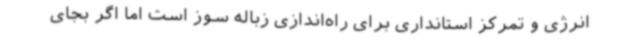
انرژی و تمرکز استانداری برای راه‌اندازی زباله سوز است اما اگر بجای